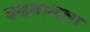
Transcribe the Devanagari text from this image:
बदगामला